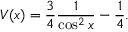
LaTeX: V ( x ) = \frac { 3 } { 4 } \frac { 1 } { \cos ^ { 2 } x } - \frac { 1 } { 4 } .